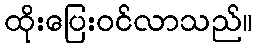
ထိုးပြေးဝင်လာသည်။